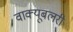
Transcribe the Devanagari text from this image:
वाक्यूबलरी